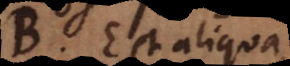
B. Est aliqua